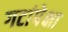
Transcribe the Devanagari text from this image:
गटांपेक्षा